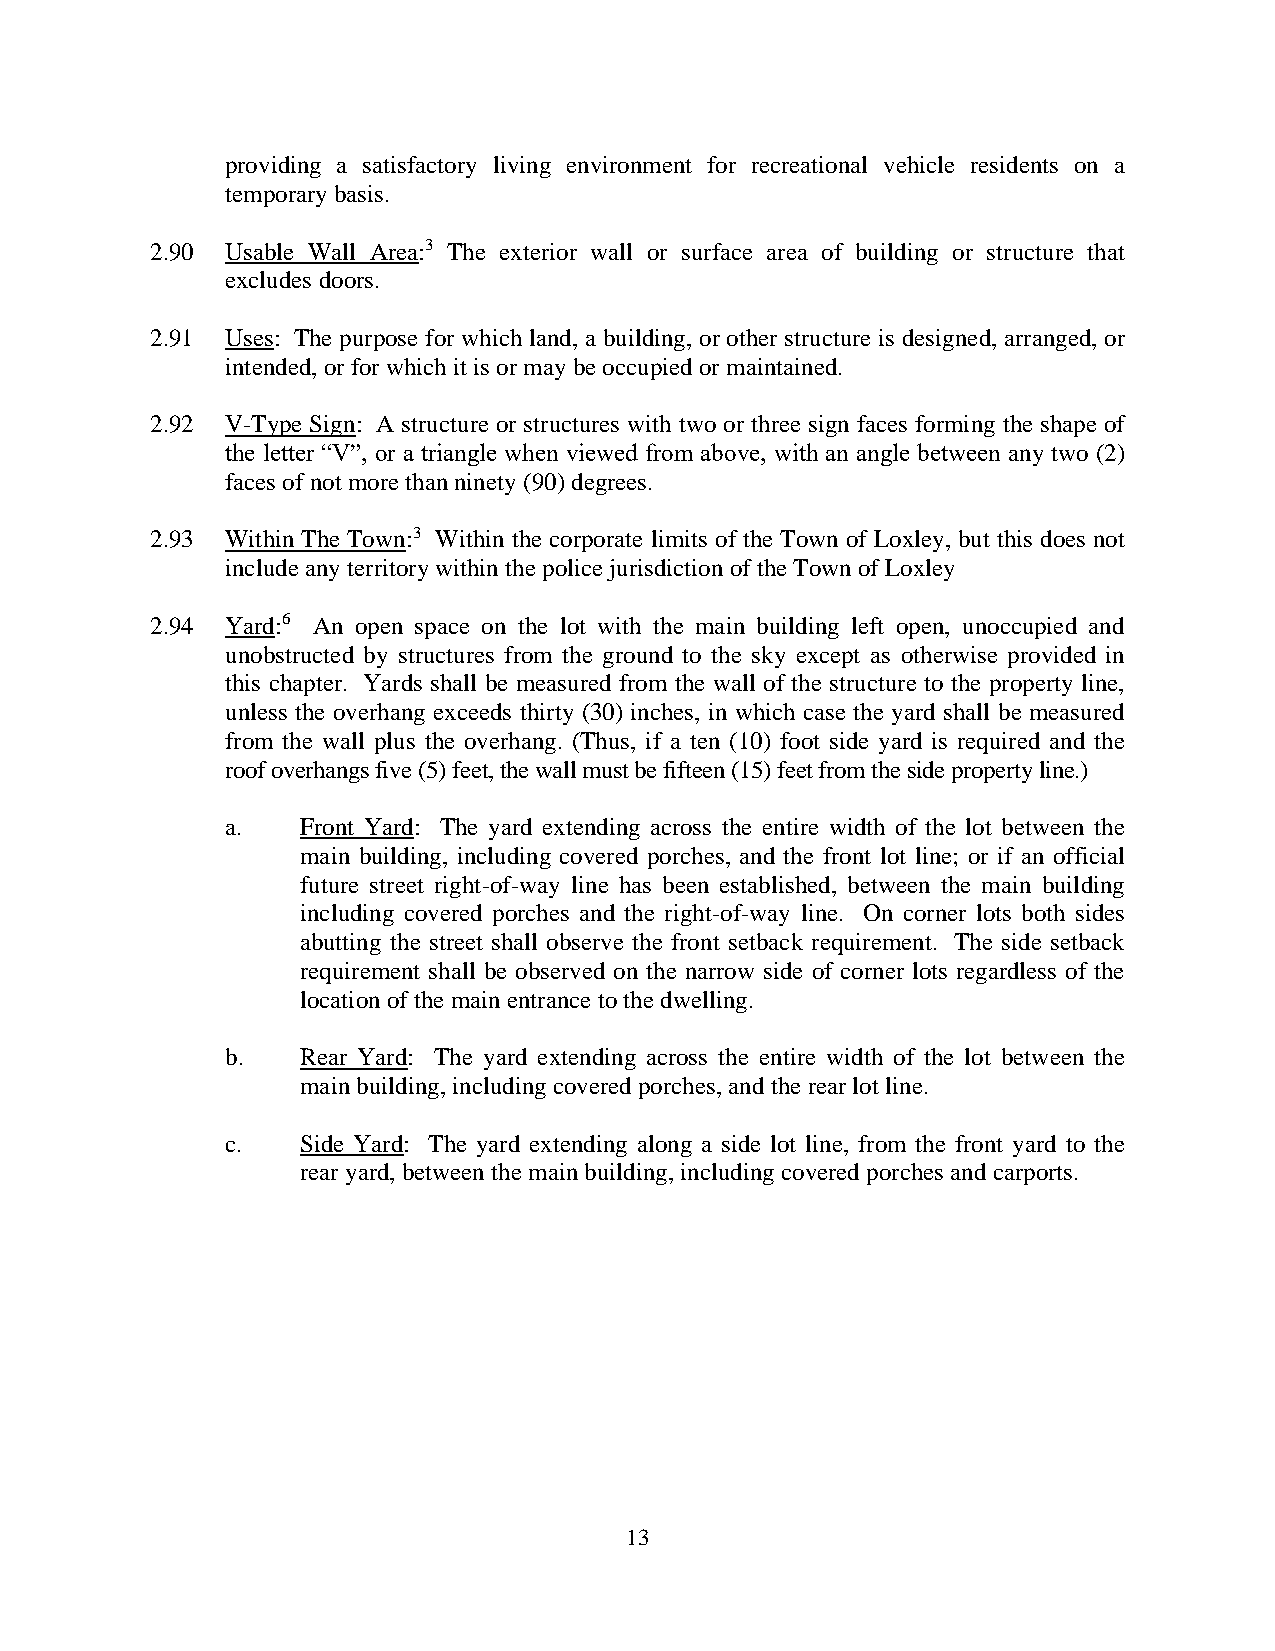
providing a satisfactory living environment for recreational vehicle residents on a
 temporary basis.
 2.90 Usable Wall Area:3 The exterior wall or surface area of building or structure that
 excludes doors.
 2.91 Uses: The purpose for which land, a building, or other structure is designed, arranged, or
 intended, or for which it is or may be occupied or maintained.
 2.92 V-Type Sign: A structure or structures with two or three sign faces forming the shape of
 the letter “V”, or a triangle when viewed from above, with an angle between any two (2)
 faces of not more than ninety (90) degrees.
 2.93 Within The Town:3 Within the corporate limits of the Town of Loxley, but this does not
 include any territory within the police jurisdiction of the Town of Loxley
 2.94 Yard:6 An open space on the lot with the main building left open, unoccupied and
 unobstructed by structures from the ground to the sky except as otherwise provided in
 this chapter. Yards shall be measured from the wall of the structure to the property line,
 unless the overhang exceeds thirty (30) inches, in which case the yard shall be measured
 from the wall plus the overhang. (Thus, if a ten (10) foot side yard is required and the
 roof overhangs five (5) feet, the wall must be fifteen (15) feet from the side property line.)
 a.   Front Yard: The yard extending across the entire width of the lot between the
 main building, including covered porches, and the front lot line; or if an official
 future street right-of-way line has been established, between the main building
 including covered porches and the right-of-way line. On corner lots both sides
 abutting the street shall observe the front setback requirement. The side setback
 requirement shall be observed on the narrow side of corner lots regardless of the
 location of the main entrance to the dwelling.
 b.   Rear Yard: The yard extending across the entire width of the lot between the
 main building, including covered porches, and the rear lot line.
 c.   Side Yard: The yard extending along a side lot line, from the front yard to the
 rear yard, between the main building, including covered porches and carports.
 13